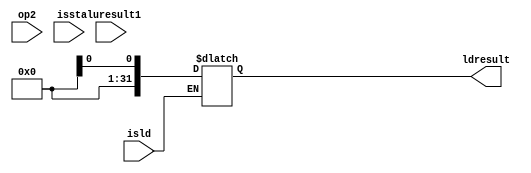
module memory_access(op2,aluresult1,isld,isst,ldresult);     

input [31:0] op2,aluresult1;
input isld,isst;
output [31:0] ldresult; 
   
wire [31:0] op2,aluresult1;
wire isld,isst;
reg [31:0] ldresult;


           always @(*)
           begin
                                       // waiting for aluresult to come.
           if (isld == 1)
           begin
           p.am1    = aluresult1 ;
           ldresult = p.dm1;
           p.rw     = 0;
          end
          else if ( isst == 1)
          begin
         
           p.rw  = 1;
           p.am2 = aluresult1 ;
           p.dm3 = op2 ;
          end
          
          end
          endmodule